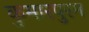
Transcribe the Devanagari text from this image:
कुमारपुरम